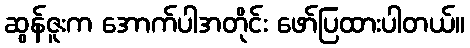
ဆွန်ဇူးက အောက်ပါအတိုင်း ဖော်ပြထားပါတယ်။